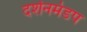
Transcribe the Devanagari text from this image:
दर्शनमंडप